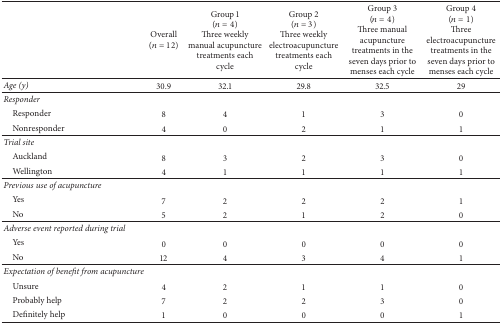
<table><thead><tr><td><b> </b></td><td><b>Overall(<i>n</i> = 12)</b></td><td><b>Group 1(<i>n</i> = 4)Three weekly manual acupuncture treatments each cycle</b></td><td><b>Group 2(<i>n</i> = 3)Three weekly electroacupuncture treatments each cycle</b></td><td><b>Group 3(<i>n</i> = 4)Three manual acupuncture treatments in the seven days prior to menses each cycle</b></td><td><b>Group 4(<i>n</i> = 1)Three electroacupuncture treatments in the seven days prior to menses each cycle</b></td></tr></thead><tbody><tr><td><i>Age (y)</i></td><td>30.9</td><td>32.1</td><td>29.8</td><td>32.5</td><td>29</td></tr><tr><td><i>Responder </i></td><td> </td><td> </td><td> </td><td> </td><td> </td></tr><tr><td> Responder</td><td>8</td><td>4</td><td>1</td><td>3</td><td>0</td></tr><tr><td> Nonresponder</td><td>4</td><td>0</td><td>2</td><td>1</td><td>1</td></tr><tr><td><i>Trial site</i></td><td> </td><td> </td><td> </td><td> </td><td> </td></tr><tr><td> Auckland</td><td>8</td><td>3</td><td>2</td><td>3</td><td>0</td></tr><tr><td> Wellington</td><td>4</td><td>1</td><td>1</td><td>1</td><td>1</td></tr><tr><td><i>Previous use of acupuncture</i></td><td> </td><td> </td><td> </td><td> </td><td> </td></tr><tr><td> Yes</td><td>7</td><td>2</td><td>2</td><td>2</td><td>1</td></tr><tr><td> No</td><td>5</td><td>2</td><td>1</td><td>2</td><td>0</td></tr><tr><td><i>Adverse event reported during trial</i></td><td> </td><td> </td><td> </td><td> </td><td> </td></tr><tr><td> Yes</td><td>0</td><td>0</td><td>0</td><td>0</td><td>0</td></tr><tr><td> No</td><td>12</td><td>4</td><td>3</td><td>4</td><td>1</td></tr><tr><td><i>Expectation of benefit from acupuncture</i></td><td> </td><td> </td><td> </td><td> </td><td> </td></tr><tr><td> Unsure</td><td>4</td><td>2</td><td>1</td><td>1</td><td>0</td></tr><tr><td> Probably help</td><td>7</td><td>2</td><td>2</td><td>3</td><td>0</td></tr><tr><td> Definitely help</td><td>1</td><td>0</td><td>0</td><td>0</td><td>1</td></tr></tbody></table>